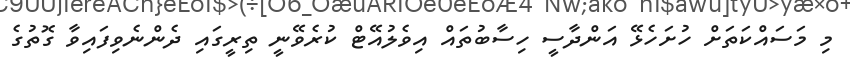
މި މަސައްކަތަށް ހުށަހެޅޭ އަންދާސީ ހިސާބުތައް އިވެލުއޭޓް ކުރެވޭނީ ތިރީގައި ދެންނެވިފައިވާ ގޮތުގެ